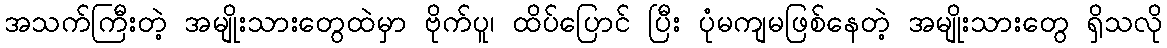
အသက်ကြီးတဲ့ အမျိုးသားတွေထဲမှာ ဗိုက်ပူ၊ ထိပ်ပြောင် ပြီး ပုံမကျမဖြစ်နေတဲ့ အမျိုးသားတွေ ရှိသလို